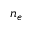
n _ { e }